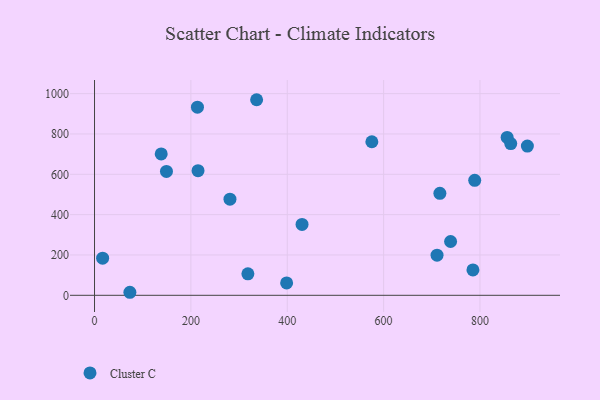
{"axis": {"x": "Investment", "y": "Demand"}, "legend": ["Cluster C"], "data": [{"x": "898.4", "y": 740.1, "type": "Cluster C"}, {"x": "149.3", "y": 614.4, "type": "Cluster C"}, {"x": "214.8", "y": 617.8, "type": "Cluster C"}, {"x": "430.7", "y": 351.6, "type": "Cluster C"}, {"x": "73.4", "y": 15.0, "type": "Cluster C"}, {"x": "16.8", "y": 184.2, "type": "Cluster C"}, {"x": "318.3", "y": 106.4, "type": "Cluster C"}, {"x": "138.4", "y": 700.8, "type": "Cluster C"}, {"x": "336.4", "y": 969.8, "type": "Cluster C"}, {"x": "710.9", "y": 199.2, "type": "Cluster C"}, {"x": "398.7", "y": 61.2, "type": "Cluster C"}, {"x": "856.4", "y": 782.8, "type": "Cluster C"}, {"x": "789.1", "y": 570.0, "type": "Cluster C"}, {"x": "213.6", "y": 932.7, "type": "Cluster C"}, {"x": "716.8", "y": 505.8, "type": "Cluster C"}, {"x": "863.9", "y": 752.3, "type": "Cluster C"}, {"x": "281.1", "y": 476.5, "type": "Cluster C"}, {"x": "739.0", "y": 266.9, "type": "Cluster C"}, {"x": "785.4", "y": 125.8, "type": "Cluster C"}, {"x": "575.6", "y": 761.5, "type": "Cluster C"}]}